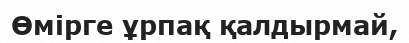
Өмірге ұрпақ қалдырмай,